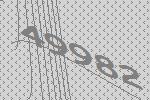
49982